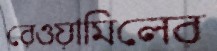
রেওয়ামিলের